Indian journal of veterinary science and animal husbandry - Volume 3,
Year: 1933
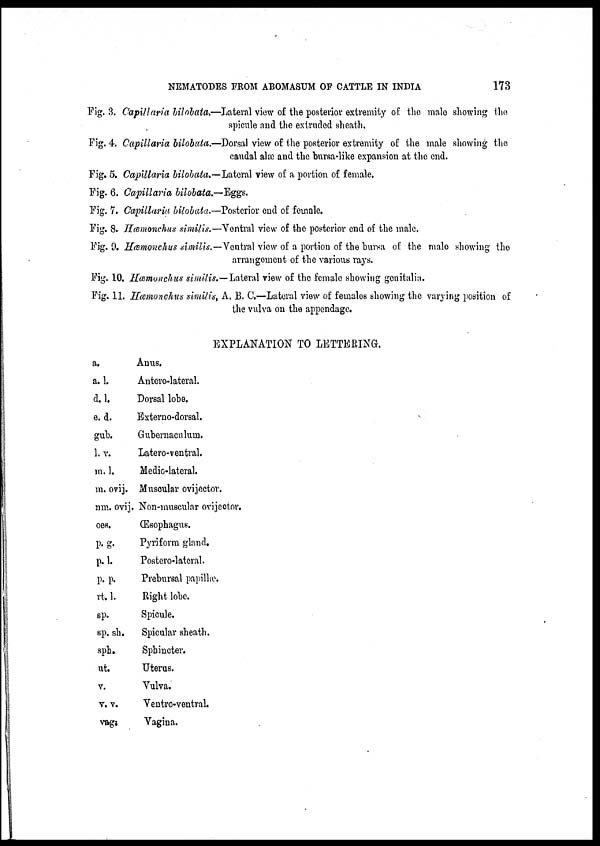
NEMATODES FROM ABOMASUM OF CATTLE IN INDIA
173
Fig. 3. Capillaria bilobata.—Lateral view of the posterior extremity of the male showing the
spicule and the extruded sheath.
Fig. 4. Capillaria bilobata.—Dorsal view of the posterior extremity of the male showing the
caudal alæ and the bursa-like expansion at the end.
Fig. 5. Capillaria bilobata.—Lateral view of a portion of female.
Fig. 6. Capillaria bilobata.—Eggs.
Fig. 7. Capillaria bilobata.—Posterior end of female.
Fig. 8. Hæmonchus similis.—Vontral view of the posterior end of the male.
Fig. 9. Hæmonchus similis.— Ventral view of a portion of the bursa of the male showing the
arrangement of the various rays.
Fig. 10. Hæmonchus similis.—Lateral view of the female showing genitalia.
Fig. 11. Hæmonchus similis, A. B. C.—Lateral view of females showing the varying position of
the vulva on the appendage.
EXPLANATION TO LETTERING.
a.
a.l.
d.l.
e. d.
gub.
l.v.
m.l.
m. ovij.
nm. ovij.
oes.
P.g.
p.l.
p. p.
rt. l.
sp.
sp. sh.
sph.
ut.
v.
v.v.
vag.
Anus.
Antero-lateral.
Dorsal lobe.
Externo-dorsal.
Gubernaculum.
Latero-ventral.
Medio-lateral.
Muscular ovijector.
Non-muscular ovijector.
Œsophagus.
Pyriform gland.
Postero-lateral.
Prebursal papillæ.
Right lobe.
Spicule.
Spicular sheath.
Sphincter.
Uterus.
Vulva.
Ventro-ventral.
Vagina.